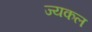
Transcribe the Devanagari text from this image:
ज्यकल